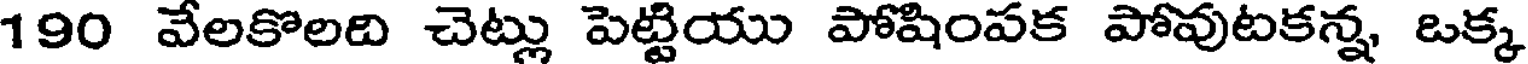
190 వేలకొలది చెట్లు పెట్టియు పోషింపక పోవుటకన్న, ఒక్క